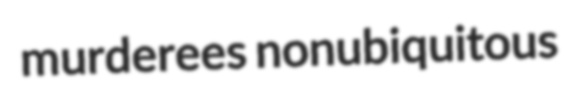
murderees nonubiquitous